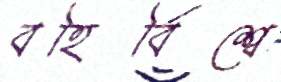
বহির্বিশ্বে